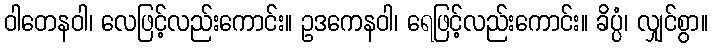
ဝါတေနဝါ၊ လေဖြင့်လည်းကောင်း။ ဥဒကေနဝါ၊ ရေဖြင့်လည်းကောင်း။ ခိပ္ပံ၊ လျှင်စွာ။